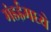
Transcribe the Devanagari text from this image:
मंडईमध्ये